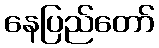
နေပြည်တော်